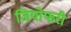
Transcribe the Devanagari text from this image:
जियोफरी